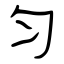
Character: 匀